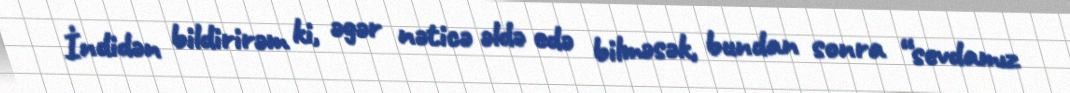
İndidən bildirirəm ki, əgər nəticə əldə edə bilməsək, bundan sonra “sevdamız